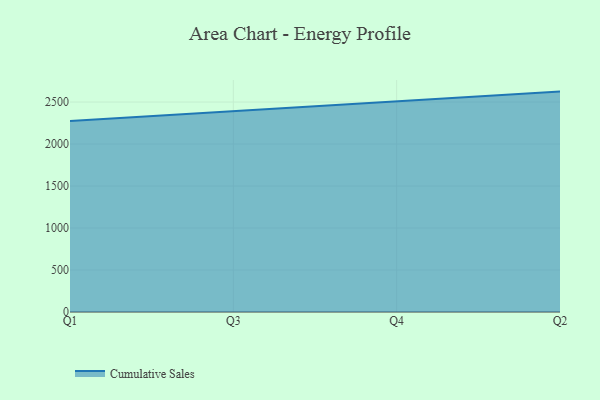
{"axis": {"x": "Quarter", "y": "LTV (USD)"}, "legend": ["Cumulative Sales"], "data": [{"x": "Q1", "y": 2275.5, "type": "Cumulative Sales"}, {"x": "Q3", "y": 2392.0, "type": "Cumulative Sales"}, {"x": "Q4", "y": 2502.9, "type": "Cumulative Sales"}, {"x": "Q2", "y": 2624.6, "type": "Cumulative Sales"}]}